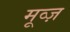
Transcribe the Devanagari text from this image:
मूव्ज़